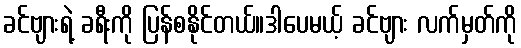
ခင်ဗျားရဲ့ ခရီးကို ပြန်စနိုင်တယ်။ဒါပေမယ့် ခင်ဗျား လက်မှတ်ကို